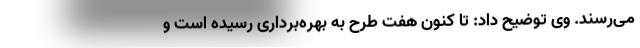
می‌رسند. وی توضیح داد: تا کنون هفت طرح به بهره‌برداری رسیده است و